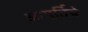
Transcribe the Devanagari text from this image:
आपूर्तिचे